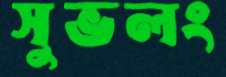
সুভলং